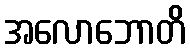
အလောဘောတိ